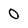
Character: 0